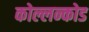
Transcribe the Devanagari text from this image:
कोल्लन्कोड